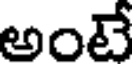
అంటే